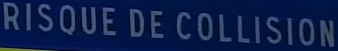
RISQUE DE COLLISION